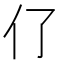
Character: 𠆨